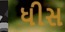
ધીસ